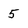
Character: 5